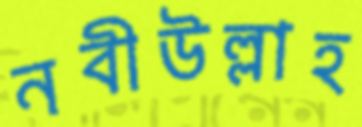
নবীউল্লাহ